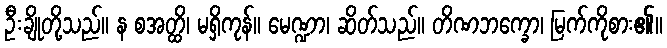
ဦးချိုတို့သည်။ န စအတ္ထိ၊ မရှိကုန်။ မေဏ္ဍာ၊ ဆိတ်သည်။ တိဏဘက္ခော၊ မြက်ကိုစား၏။